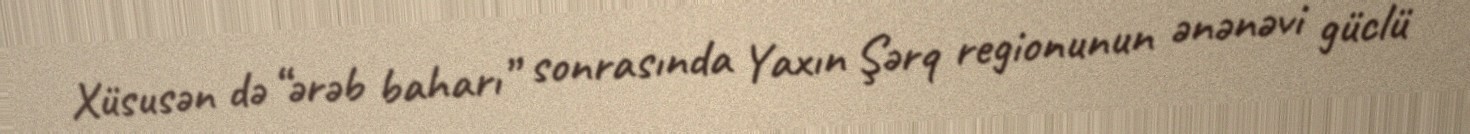
Xüsusən də “ərəb baharı” sonrasında Yaxın Şərq regionunun ənənəvi güclü